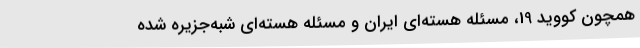
همچون کووید 19، مسئله هسته‌ای ایران و مسئله هسته‌ای شبه‌جزیره شده